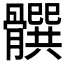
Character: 𩪞